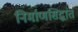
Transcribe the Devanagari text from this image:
निर्माणसिद्धांत